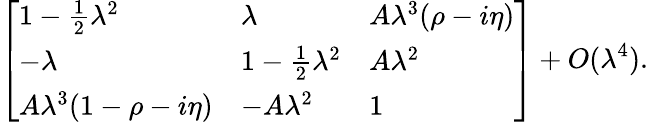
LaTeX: {\left[\begin{array}{lll}{1-{\frac{1}{2}}\lambda^{2}}&{\lambda}&{A\lambda^{3}(\rho-i\eta)}\\ {-\lambda}&{1-{\frac{1}{2}}\lambda^{2}}&{A\lambda^{2}}\\ {A\lambda^{3}(1-\rho-i\eta)}&{-A\lambda^{2}}&{1}\end{array}\right]}+O(\lambda^{4}).